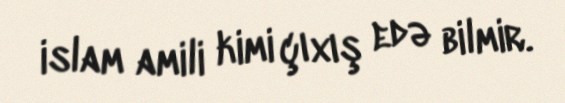
islam amili kimi çıxış edə bilmir.